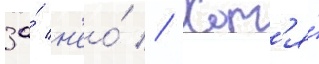
за́ н'ео́ // Хот'я́